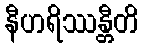
နီဟရိဿန္တီတိ